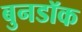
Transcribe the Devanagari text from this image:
बुनडॉक